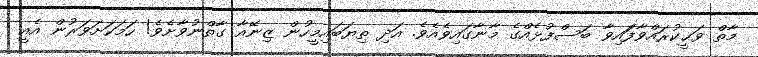
މާތް ވަޙީކުރައްވާފަައިވާ ބަސްފުޅެއްގެ މާނާގައިވެއެވެ. އަދި ތިޔަބައިމީހުން ޒިނޭއާ ގާތްނުވާށެވެ! ހަމަކަށަވަރުން އެއީ